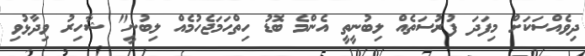
ދިވެއްސަކަށް މިފަދަ ފުރުސަތެއް ލިބުނީތީ އެންމެ ބޮޑު ހިތްހަމަޖެހުމެއް ލިބުނީ" ޝާހިރު ވިދާޅުވި